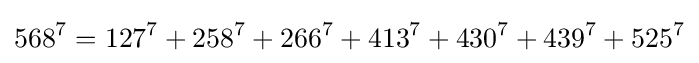
568^{7}=127^{7}+258^{7}+266^{7}+413^{7}+430^{7}+439^{7}+525^{7}